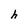
Character: h